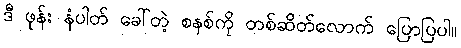
ဒီ ဖုန်း နံပါတ် ခေါ်တဲ့ စနစ်ကို တစ်ဆိတ်လောက် ပြောပြပါ။